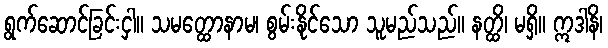
ရွက်ဆောင်ခြင်းငှါ။ သမတ္ထောနာမ၊ စွမ်းနိုင်သော သူမည်သည်။ နတ္ထိ၊ မရှိ။ ဣဒါနိ၊